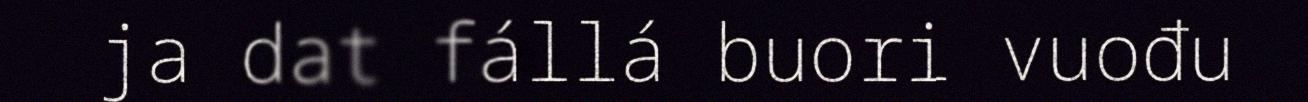
ja dat fállá buori vuođu